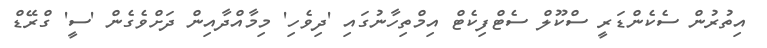
އިތުރުން ސެކެންޑަރީ ސްކޫލް ސެޓްފިކެޓް އިމްތިހާނުގައި 'ދިވެހި' މިމާއްދާއިން ދަށްވެގެން 'ސީ' ގްރޭޑް